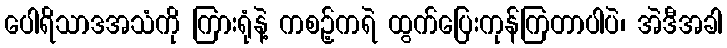
ပေါရိသာဒအသံကို ကြားရုံနဲ့ ကစဉ့်ကရဲ ထွက်ပြေးကုန်ကြတာပါပဲ၊ အဲဒီအခါ